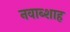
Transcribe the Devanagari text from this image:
नवाब्शाह